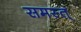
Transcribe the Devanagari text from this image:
समस्त्